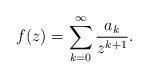
LaTeX: \begin{align*}f(z)=\sum_{k=0}^{\infty }{\frac{a_{k}}{z^{k+1}}.} \end{align*}